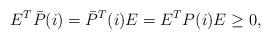
LaTeX: \begin{align*}E^T\bar P(i)=\bar P^T(i)E=E^TP(i)E\geq 0,\end{align*}